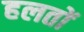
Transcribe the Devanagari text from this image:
हलतों